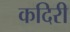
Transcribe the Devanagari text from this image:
कदिरी